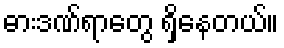
ဓားဒဏ်ရာတွေ ရှိနေတယ်။